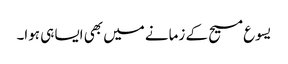
‏ یسوع مسیح کے زمانے میں بھی ایسا ہی ہوا۔